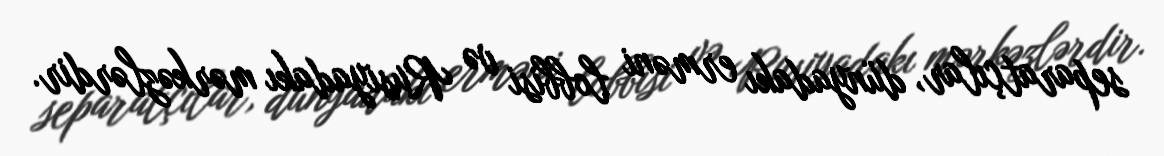
separatçılar, dünyadakı erməni lobbisi və Rusiyadakı mərkəzlərdir.